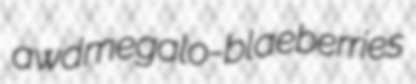
awd megalo- blaeberries